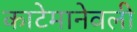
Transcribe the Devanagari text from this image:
काटेमानेवली